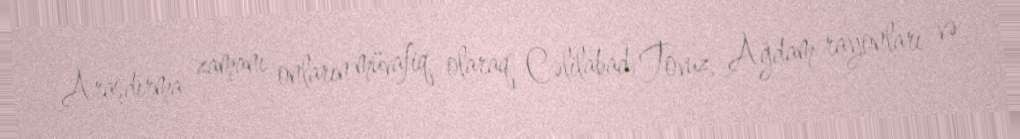
Araşdırma zamanı onların müvafiq olaraq Cəlilabad, Tovuz, Ağdam rayonları və